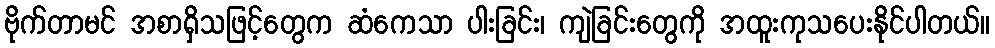
ဗိုက်တာမင် အစာရှိသဖြင့်တွေက ဆံကေသာ ပါးခြင်း၊ ကျဲခြင်းတွေကို အထူးကုသပေးနိုင်ပါတယ်။